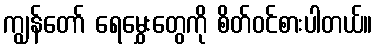
ကျွန်တော် ရေမွှေးတွေကို စိတ်ဝင်စားပါတယ်။